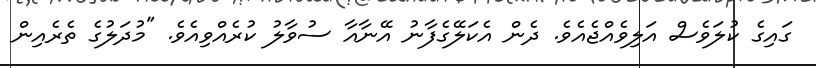
ގައިގެ ކުލަވެސް އަލިވެއްޖެއެވެ. ދެން އެކަލޭގެފާނު އޭނާއާ ސުވާލު ކުރެއްވިއެވެ. "މުދަލުގެ ތެރެއިން